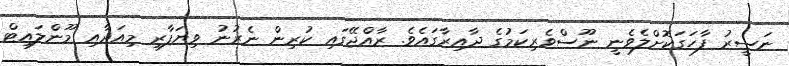
ނަސީރު ފާހަގަކޮށްލެވެނީ ނޫސްވެރިކަމުގެ ދާއިރާގައެވެ. ރާއްޖޭގައި ކުރިން ނެރުނު ވިޔަފާރި މިއަދާއި މޫންލައިޓް